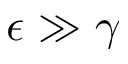
\epsilon \gg \gamma